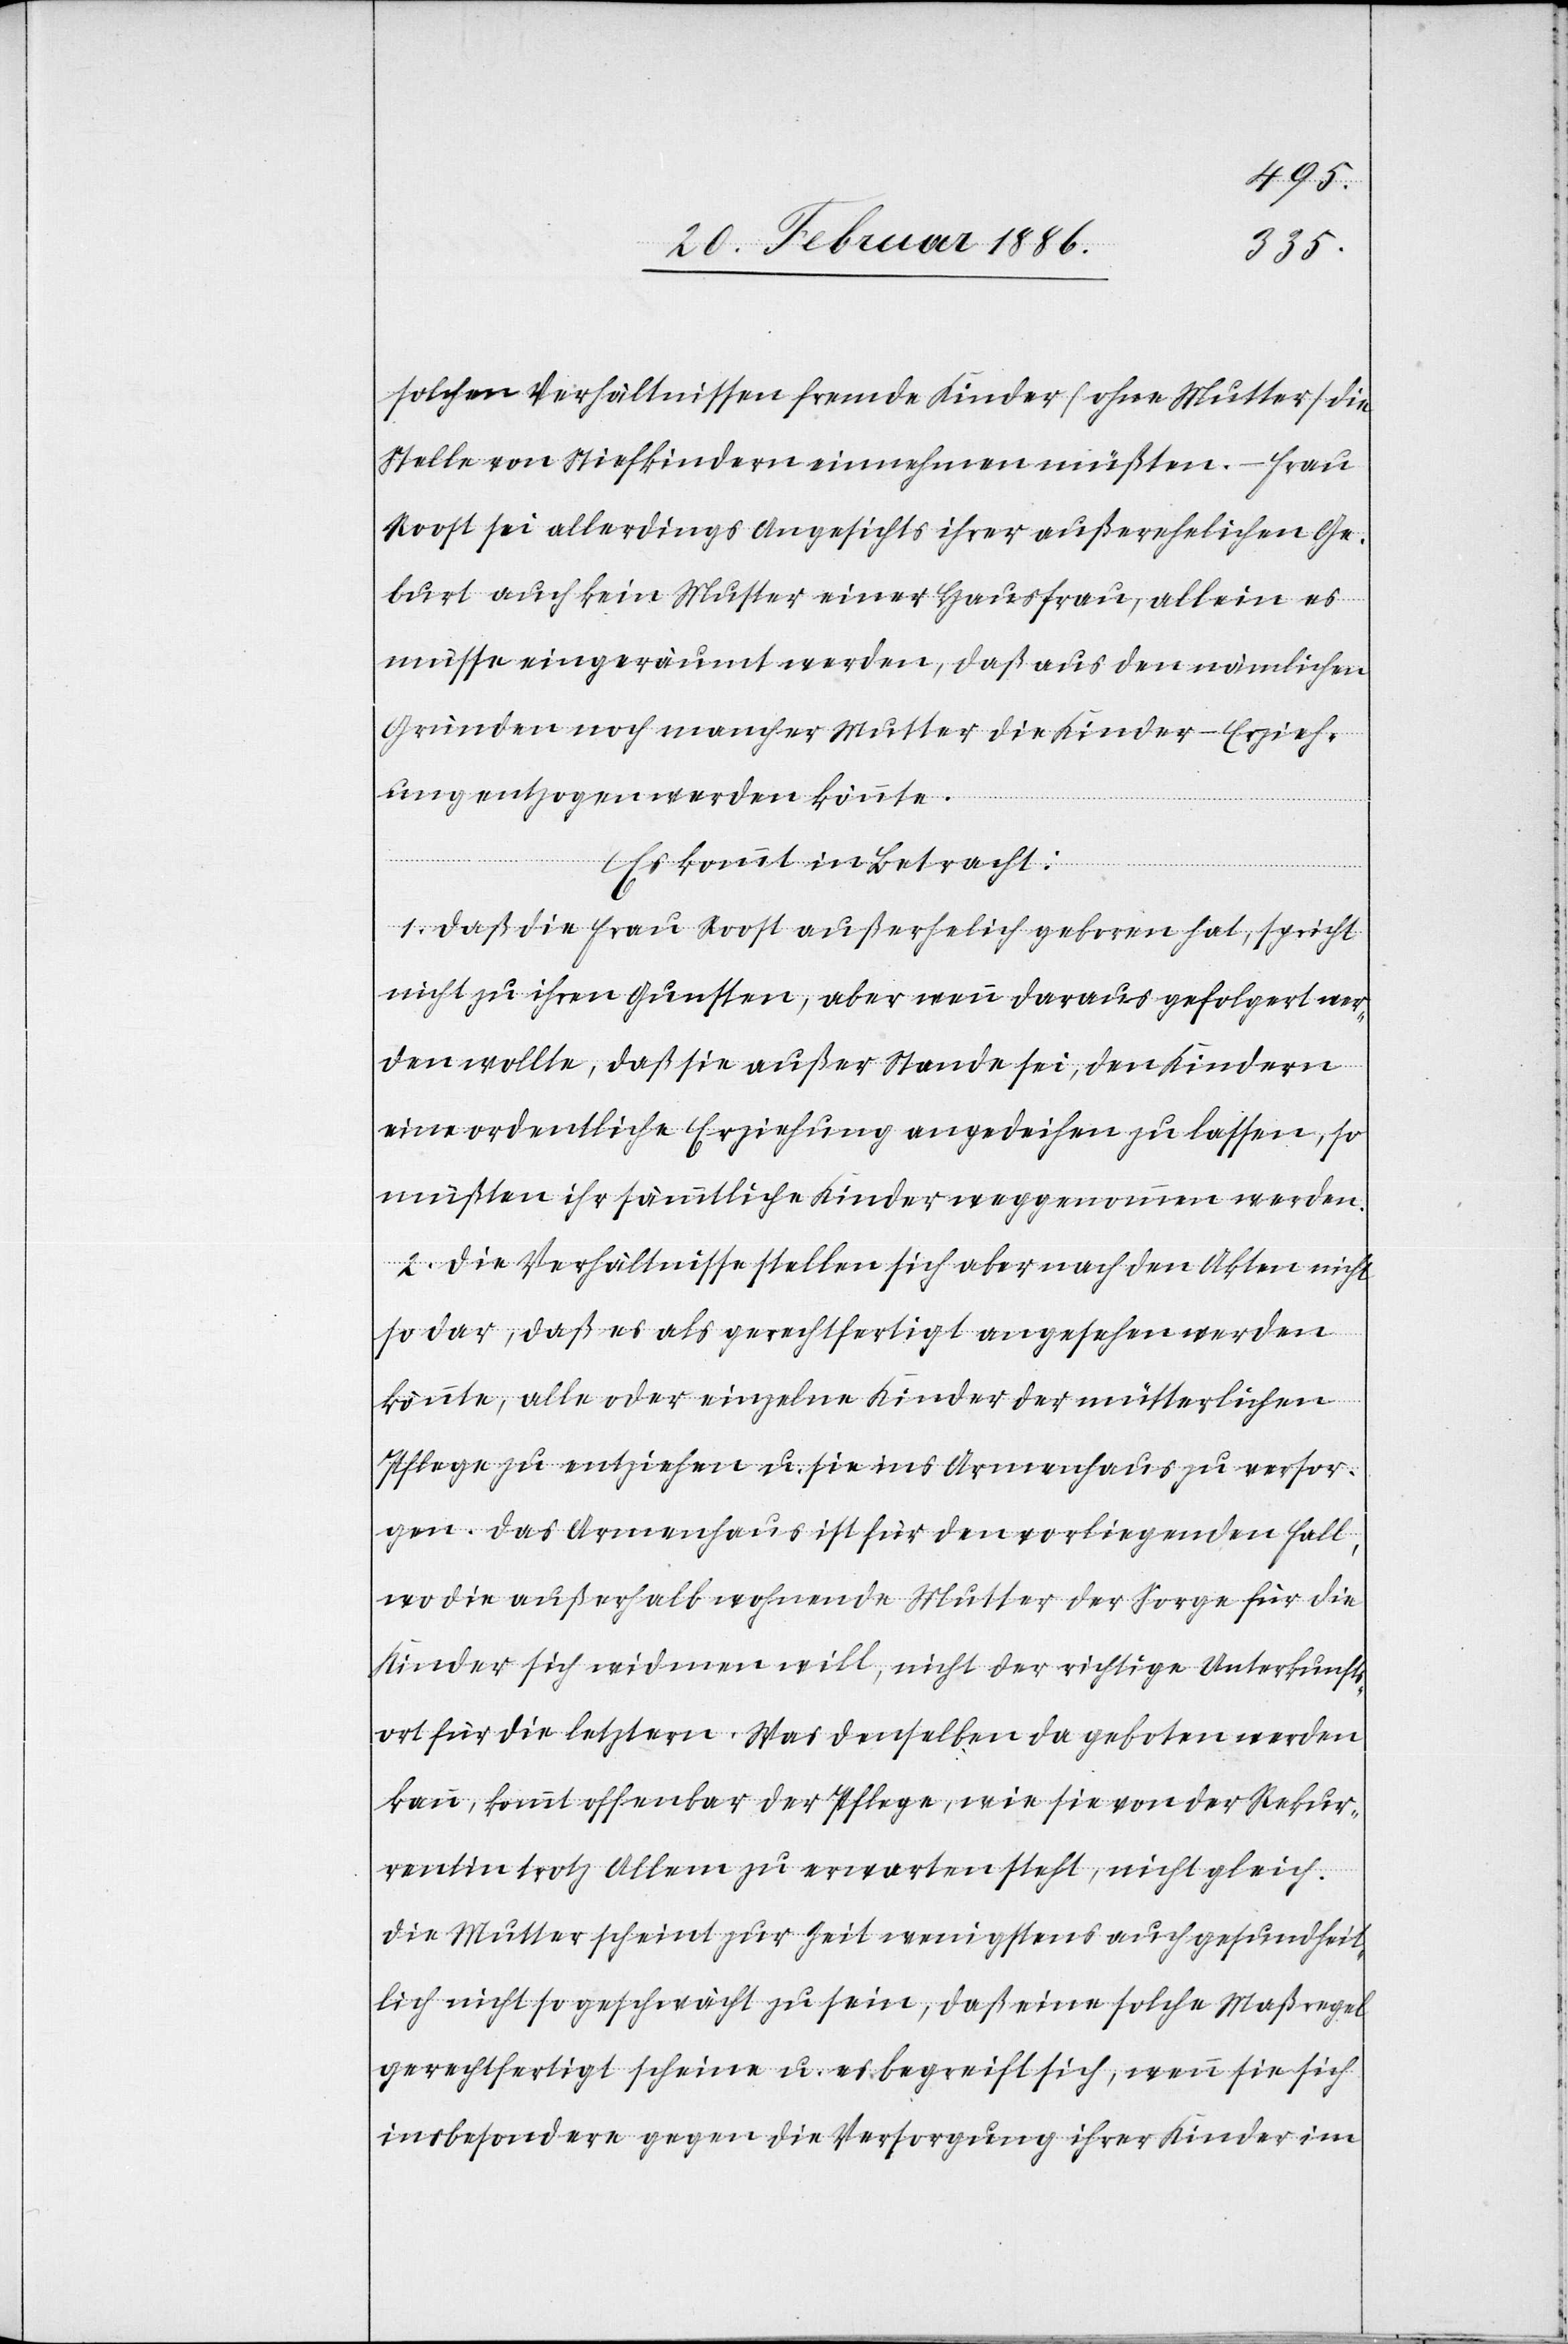
solchen Verhältnissen fremde Kinder (ohne Mutter) die
Stelle von Stiefkindern einnehmen müßten. – Frau
Roost sei allerdings Angesichts ihrer außerehelichen Ge¬
burt auch kein Muster einer Hausfrau, allein es
müsse eingeräumt werden, daß aus den nämlichen
Gründen noch mancher Mutter die Kinder-Erzieh¬
ung entzogen werden könnte.
Es kommt in Betracht:
1. Daß die Frau Roost außerehelich geboren hat, spricht
nicht zu ihren Gunsten, aber wenn daraus gefolgert wer¬
den wollte, daß sie außer Stande sei, den Kindern
eine ordentliche Erziehung angedeihen zu lassen, so
müßten ihr sämmtliche Kinder weggenommen werden.
2. Die Verhältnisse stellen sich aber nach den Akten nicht
so dar, daß es als gerechtfertigt angesehen werden
könnte, allen oder einzelnen Kindern der mütterlichen
Pflege zu entziehen u. sie ins Armenhaus zu versor¬
gen. Das Armenhaus ist für den vorliegenden Fall,
wo die außerhalb wohnende Mutter der Sorge für die
Kinder sich widmen will, nicht der richtige Unterkunfts¬
ort für die letzteren. Was denselben da geboten werden
kann, kommt offenbar der Pflege, wie sie von der Rekur¬
rentin trotz Allem zu erwarten steht, nicht gleich.
Die Mutter scheint zur Zeit wenigstens auch gesundheit¬
lich nicht so geschwächt zu sein, daß eine solche Maßregel
gerechtfertigt scheine u. es begreift sich, wenn sie sich
insbesondere gegen die Versorgung ihrer Kinder im